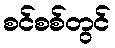
စင်စစ်တွင်